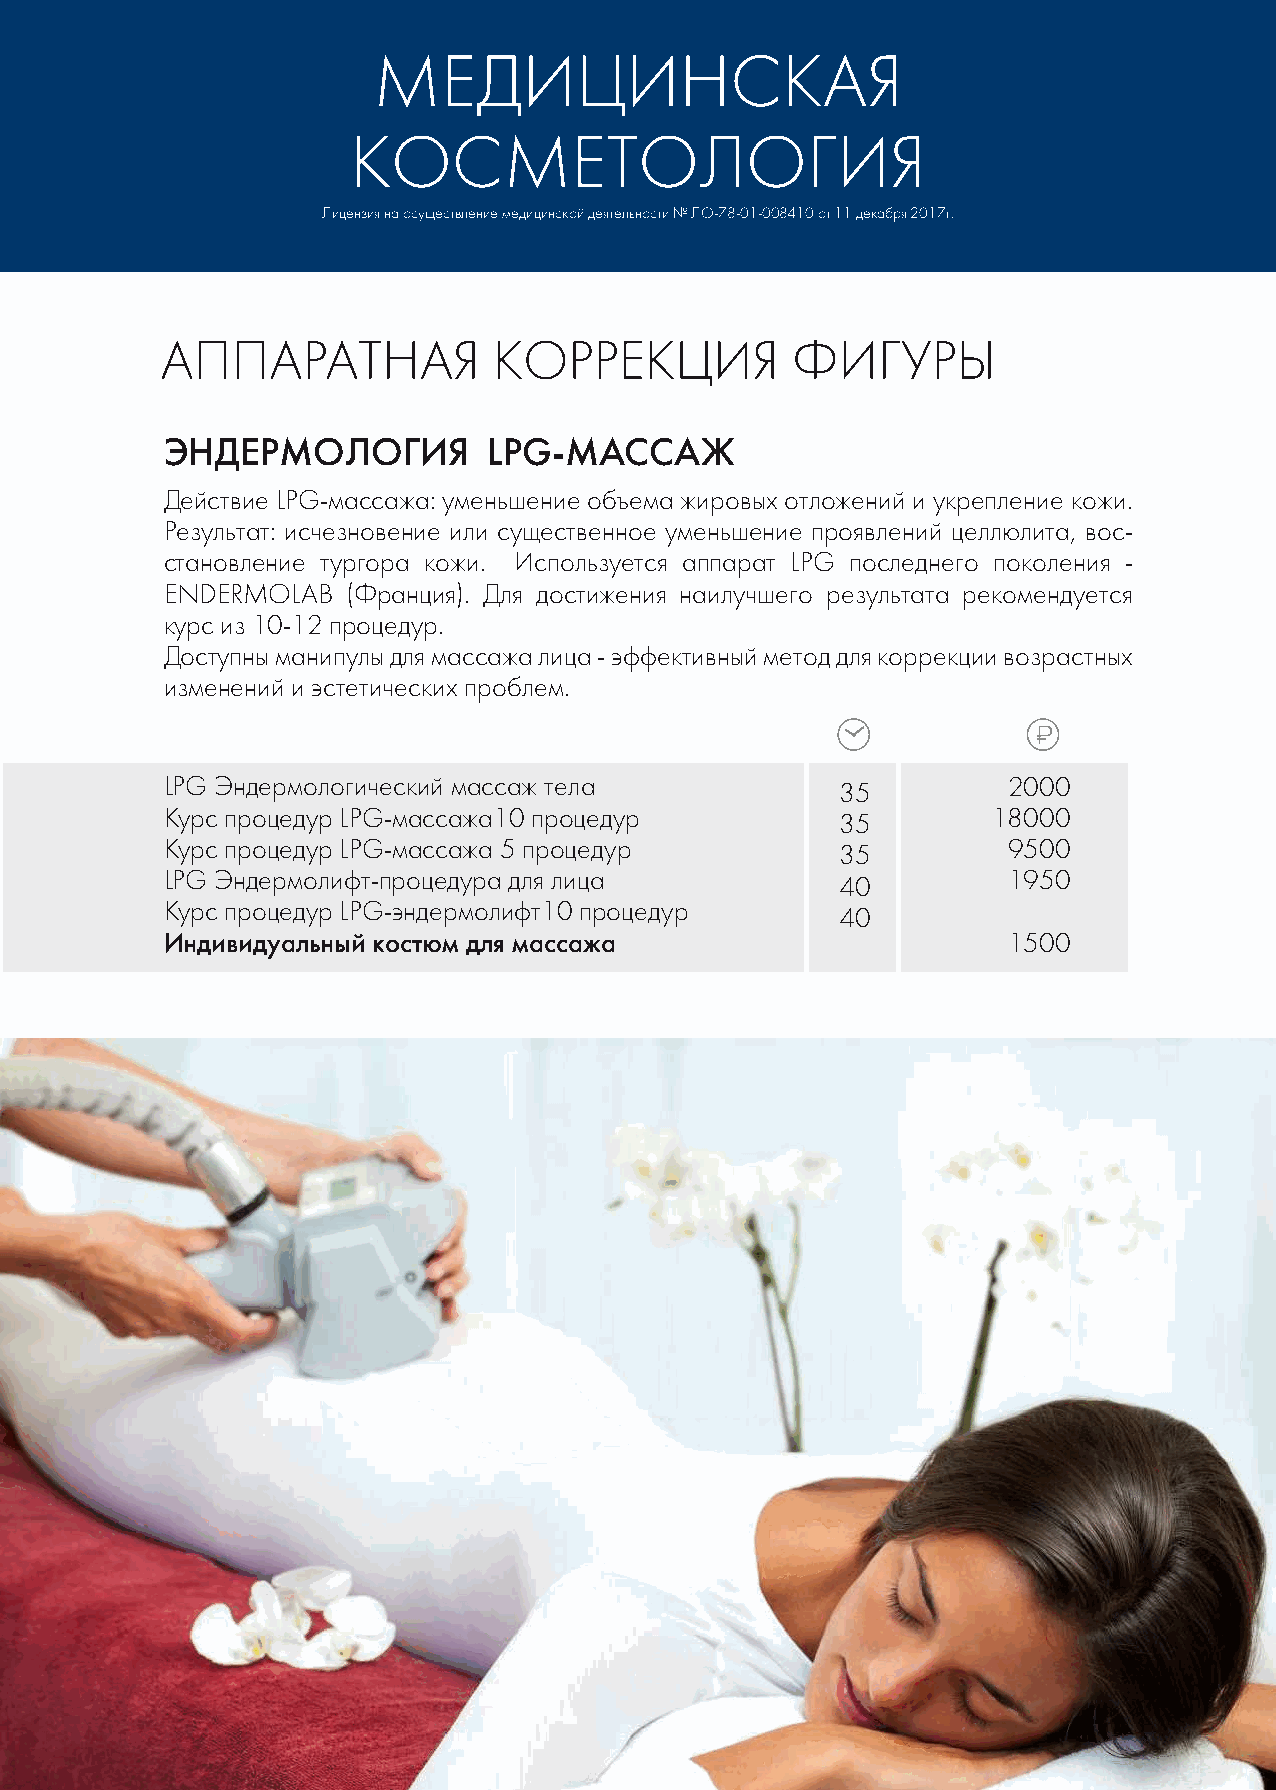
МЕДИЦИНСКАЯ
 КОСМЕТОЛОГИЯ
 Лицензия на осуществление медицинской деятельности № ЛО-78-01-008410 от 11 декабря 2017г.
 АППАРАТНАЯ            КОРРЕКЦИЯ          ФИГУРЫ
 ЭНДЕРМОЛОГИЯ         LPG-МАССАЖ
 Действие LPG-массажа: уменьшение объема жировых отложений и укрепление кожи.
 Результат: исчезновение или существенное уменьшение проявлений целлюлита, вос-
 становление тургора кожи. Используется аппарат LPG последнего поколения -
 ENDERMOLAB  (Франция). Для достижения наилучшего результата рекомендуется
 курс из 10-12 процедур.
 Доступны манипулы для массажа лица - эффективный метод для коррекции возрастных
 изменений и эстетических проблем.
 LPG Эндермологический массаж тела            35         2000
 Курс процедур LPG-массажа10 процедур         35        18000
 Курс процедур LPG-массажа 5 процедур         35         9500
 LPG Эндермолифт-процедура для лица           40         1950
 Курс процедур LPG-эндермолифт10 процедур
 40
 Индивидуальный костюм для массажа                       1500